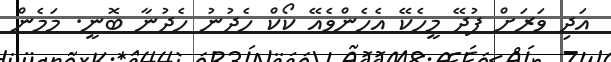
އަދި ވަރަށް ފުދޭ މީހެކޭ އެހެންވެއޭ ކޯކް ހެދުނު ހެދުނާ ބޮނީ. މަމެން